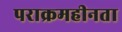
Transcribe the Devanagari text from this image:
पराक्रमहीनता